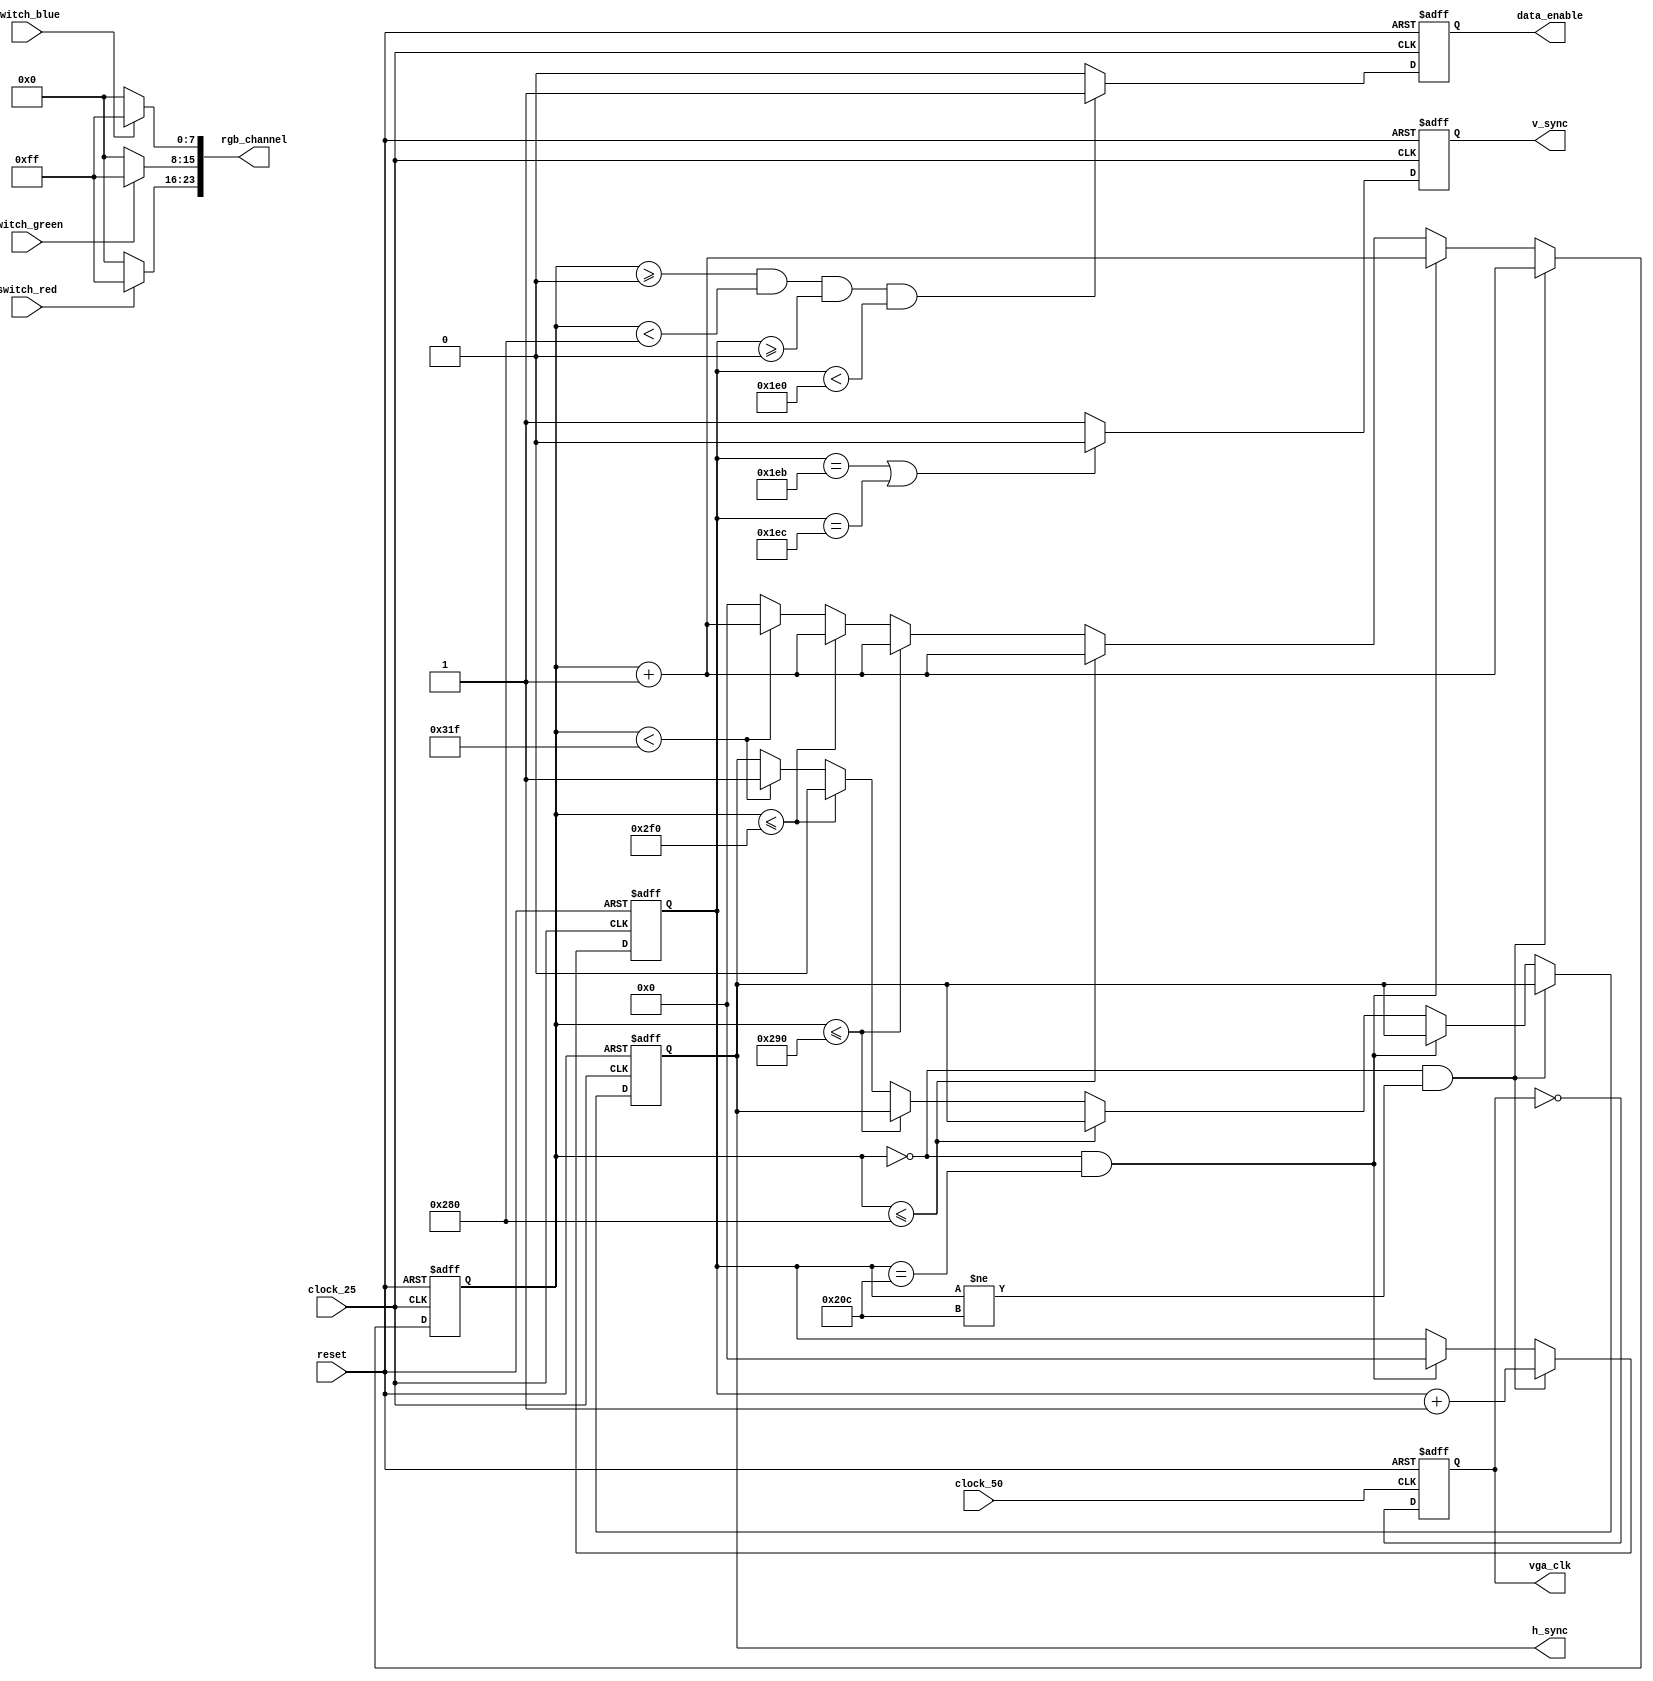
module HDMI_main(
	input clock_25, 
	input clock_50,
	input reset,
	input switch_red, 
	input switch_blue, 
	input switch_green,
	output reg h_sync,
	output reg v_sync,
	output reg data_enable, 
	output reg vga_clk,
	output [23:0] rgb_channel
);

reg [9:0] pixel_h, pixel_v;

initial begin
	h_sync 		= 1;
	v_sync 		= 1;
	pixel_h		= 0;
	pixel_v		= 0;
	data_enable	= 0;
	vga_clk 		= 0;
end

always @(posedge clock_25 or posedge reset) begin
	if(reset) begin	
		h_sync 		<= 1;
		v_sync 		<= 1;
		pixel_h		<= 0;
		pixel_v		<= 0;
	end
	else begin
		if(pixel_h == 0 && pixel_v!=524) begin
			pixel_h <= pixel_h +1'b1;
			pixel_v <= pixel_v +1'b1;
		end
		else if (pixel_h== 0 && pixel_v == 524) begin
			pixel_h <= pixel_h + 1'b1;
			pixel_v <= 0;
		end
		 else if(pixel_h<=640) pixel_h <= pixel_h + 1'b1;
		// Front Porch
		else if(pixel_h<=656) pixel_h <= pixel_h + 1'b1;
		// Sync Pulse
		else if(pixel_h<=752) begin
		pixel_h <= pixel_h+ 1'b1;
		h_sync  <= 0;
		end
    // Back Porch
		else if(pixel_h<799) begin
		pixel_h <= pixel_h+1'b1;
		h_sync  <= 1;
		end
		else pixel_h<=0; // pixel 800
	
	
		// Sync Pulse
		if(pixel_v == 491 || pixel_v == 492)
		v_sync <= 0;
		else
		v_sync <= 1;
	end
end


always @(posedge clock_25 or posedge reset) begin
	if(reset) data_enable <= 0;
	else begin	
		if(pixel_h >= 0 && pixel_h <640 && pixel_v >= 0 && pixel_v < 480)
			data_enable <=1;
		else
			data_enable <=0;
	end
end

initial vga_clk = 0;

always @(posedge clock_50 or posedge reset) begin
	if(reset) vga_clk <=0;
	else 	vga_clk <= ~vga_clk;
end

assign rgb_channel[23:16]	= (switch_red)? 8'd255 : 8'd0;
assign rgb_channel[15:8]	= (switch_green)? 8'd255: 8'd0;
assign rgb_channel[7:0] 	= (switch_blue)? 8'd255 : 8'd0;

endmodule